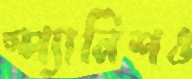
স্প্যানিশও